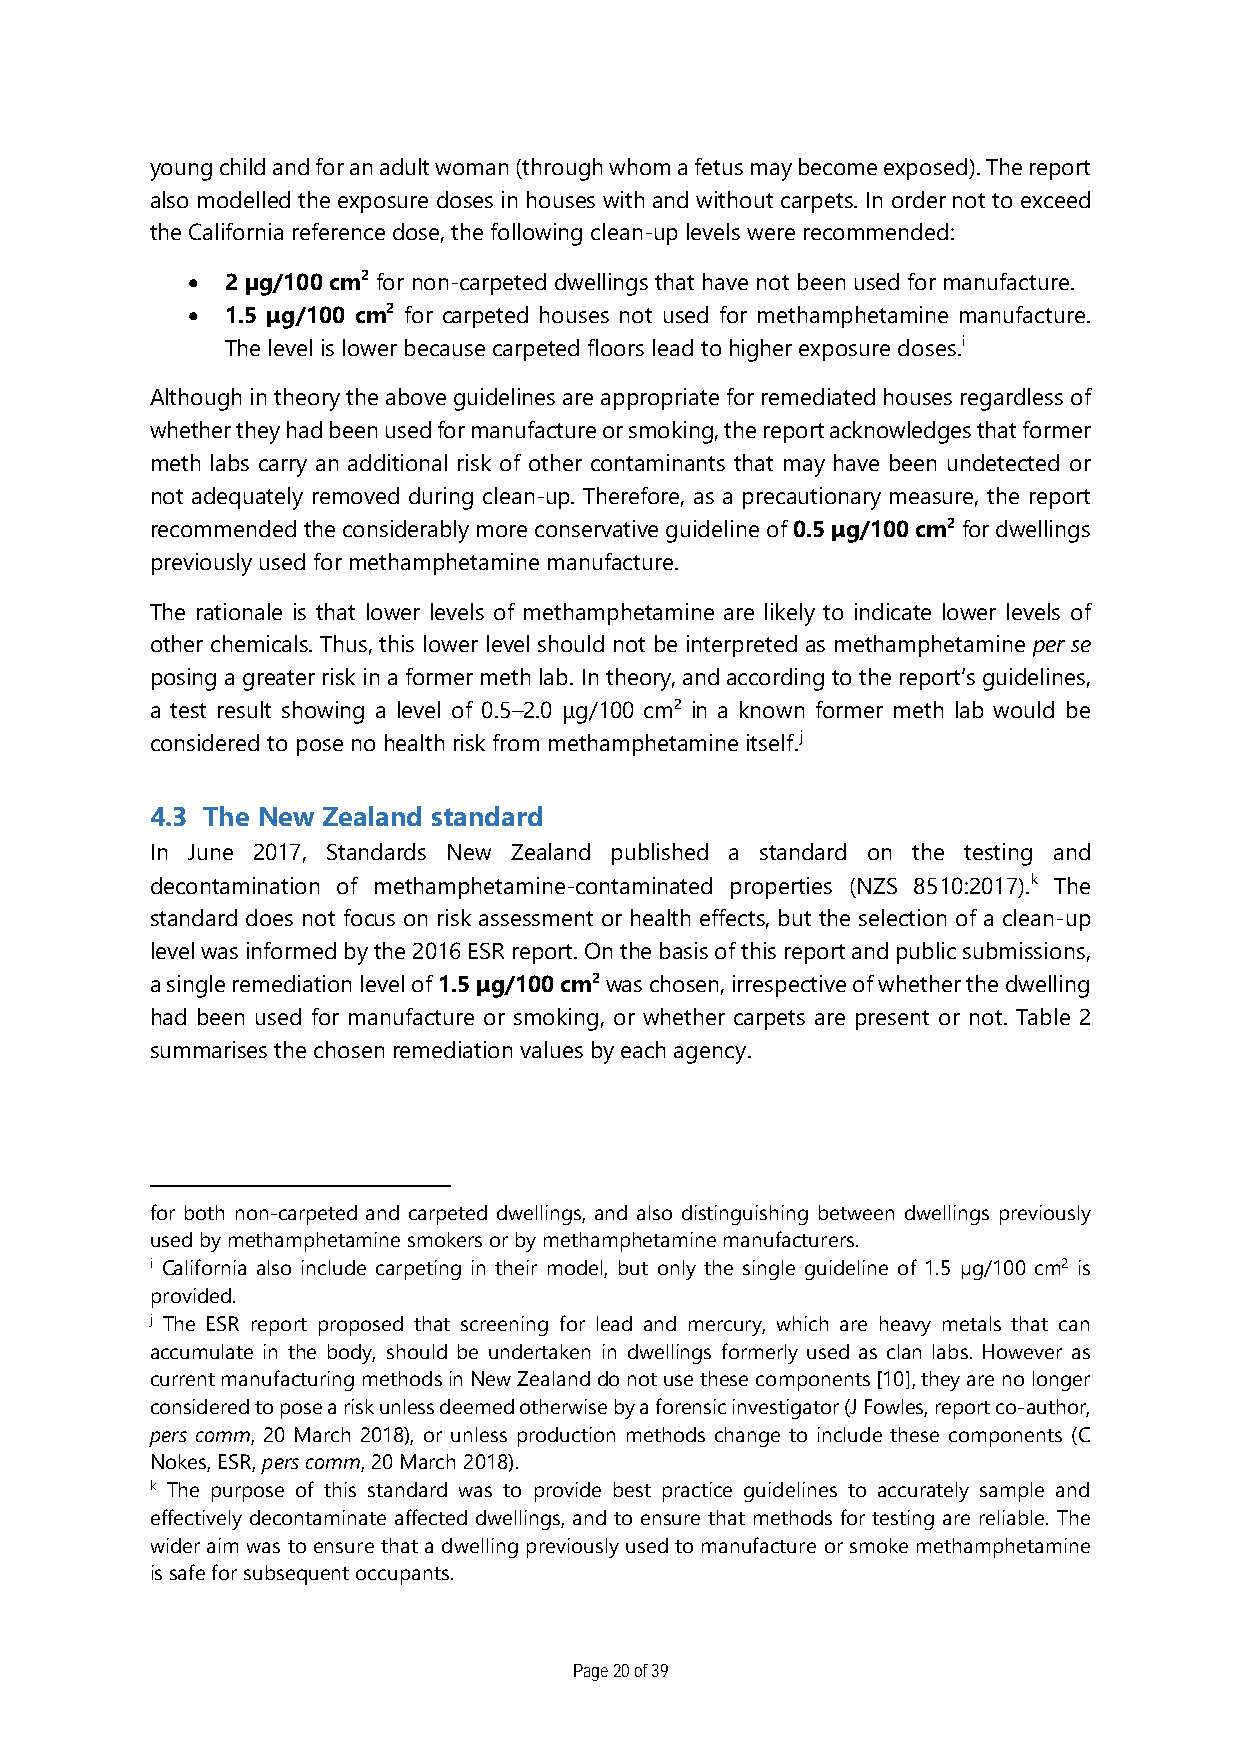
young child and for an adult woman (through whom a fetus may become exposed). The report
 also modelled the exposure doses in houses with and without carpets. In order not to exceed
 the California reference dose, the following clean-up levels were recommended:
 •  2 µg/100 cm2 for non-carpeted dwellings that have not been used for manufacture.
 •  1.5 μg/100 cm2 for carpeted houses not used for methamphetamine manufacture.
 The level is lower because carpeted floors lead to higher exposure doses.i
 Although in theory the above guidelines are appropriate for remediated houses regardless of
 whether they had been used for manufacture or smoking, the report acknowledges that former
 meth labs carry an additional risk of other contaminants that may have been undetected or
 not adequately removed during clean-up. Therefore, as a precautionary measure, the report
 recommended the considerably more conservative guideline of 0.5 μg/100 cm2 for dwellings
 previously used for methamphetamine manufacture.
 The rationale is that lower levels of methamphetamine are likely to indicate lower levels of
 other chemicals. Thus, this lower level should not be interpreted as methamphetamine per se
 posing a greater risk in a former meth lab. In theory, and according to the report’s guidelines,
 a test result showing a level of 0.5–2.0 μg/100 cm2 in a known former meth lab would be
 considered to pose no health risk from methamphetamine itself.j
 4.3 The New Zealand standard
 In June 2017, Standards New Zealand published a standard on the testing and
 decontamination of methamphetamine-contaminated properties (NZS 8510:2017).k The
 standard does not focus on risk assessment or health effects, but the selection of a clean-up
 level was informed by the 2016 ESR report. On the basis of this report and public submissions,
 a single remediation level of 1.5 μg/100 cm2 was chosen, irrespective of whether the dwelling
 had been used for manufacture or smoking, or whether carpets are present or not. Table 2
 summarises the chosen remediation values by each agency.
 for both non-carpeted and carpeted dwellings, and also distinguishing between dwellings previously
 used by methamphetamine smokers or by methamphetamine manufacturers.
 i California also include carpeting in their model, but only the single guideline of 1.5 µg/100 cm2 is
 provided.
 j The ESR report proposed that screening for lead and mercury, which are heavy metals that can
 accumulate in the body, should be undertaken in dwellings formerly used as clan labs. However as
 current manufacturing methods in New Zealand do not use these components [10], they are no longer
 considered to pose a risk unless deemed otherwise by a forensic investigator (J Fowles, report co-author,
 pers comm, 20 March 2018), or unless production methods change to include these components (C
 Nokes, ESR, pers comm, 20 March 2018).
 k The purpose of this standard was to provide best practice guidelines to accurately sample and
 effectively decontaminate affected dwellings, and to ensure that methods for testing are reliable. The
 wider aim was to ensure that a dwelling previously used to manufacture or smoke methamphetamine
 is safe for subsequent occupants.
 Page 20 of 39